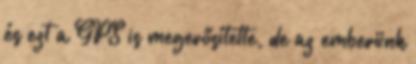
és ezt a GPS is megerősítette, de az emberünk